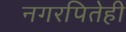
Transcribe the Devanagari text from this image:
नगरपितेही